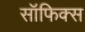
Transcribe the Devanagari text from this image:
सॉफिक्स